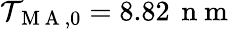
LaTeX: \mathcal{T}_{\mathrm{{~M~A~}},0}=8.82\, \mathrm{{~n~m~}}